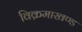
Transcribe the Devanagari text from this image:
विक्रमाखण्ड